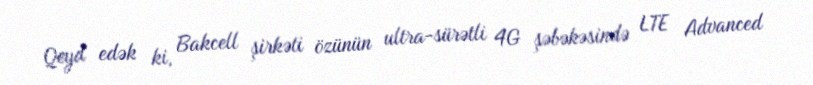
Qeyd edək ki, Bakcell şirkəti özünün ultra-sürətli 4G şəbəkəsində LTE Advanced